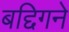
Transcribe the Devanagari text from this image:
बद्दिगने